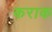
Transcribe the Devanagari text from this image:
कराक